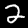
Digit: 2